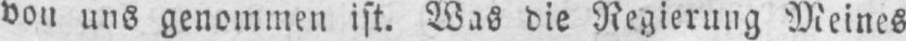
von uns genommen ist. Was die Negierung Meines